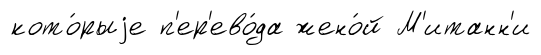
кото́рыjе п'ер'ево́да жено́й М'итанн'и